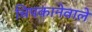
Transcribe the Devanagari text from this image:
चिपकानेवाले